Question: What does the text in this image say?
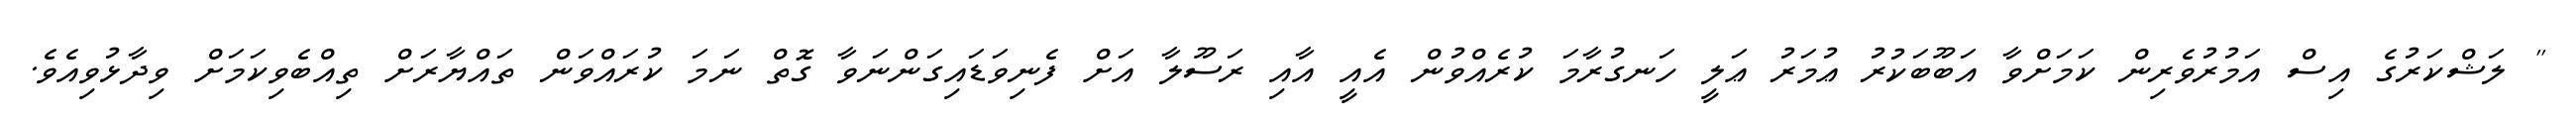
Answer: '' ލަޝްކަރުގެ އިސް އަމުރުވެރިން ކަމަށްވާ އަބޫބަކުރު ޢުމަރު ޢަލީ ހަނގުރާމަ ކުރެއްވުން އެއީ އާއި ރަސޫލާ އަށް ފެނިވަޑައިގަންނަވާ ގޮތް ނަމަ ކުރައްވަން ތައްޔާރަށް ތިއްބެވިކަމަށް ވިދާޅުވިއެވެ.